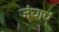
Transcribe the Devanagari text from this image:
जंघाएं